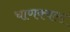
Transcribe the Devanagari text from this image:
चाणक्यला